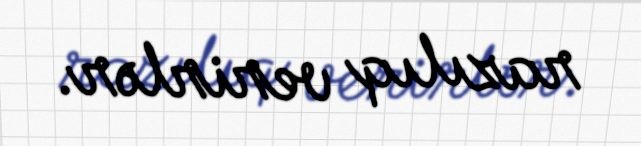
razılıq verirlər.